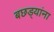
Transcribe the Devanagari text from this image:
बछड्यांना